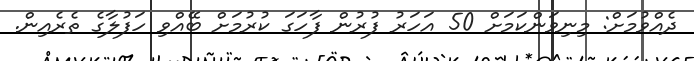
ދެއްވުމަށް: މިނިވަންކަމަށް 50 އަހަރު ފުރުން ފާހަގަ ކުރުމަށް ބޭއްވި ހަފުލާގެ ތެރެއިން.